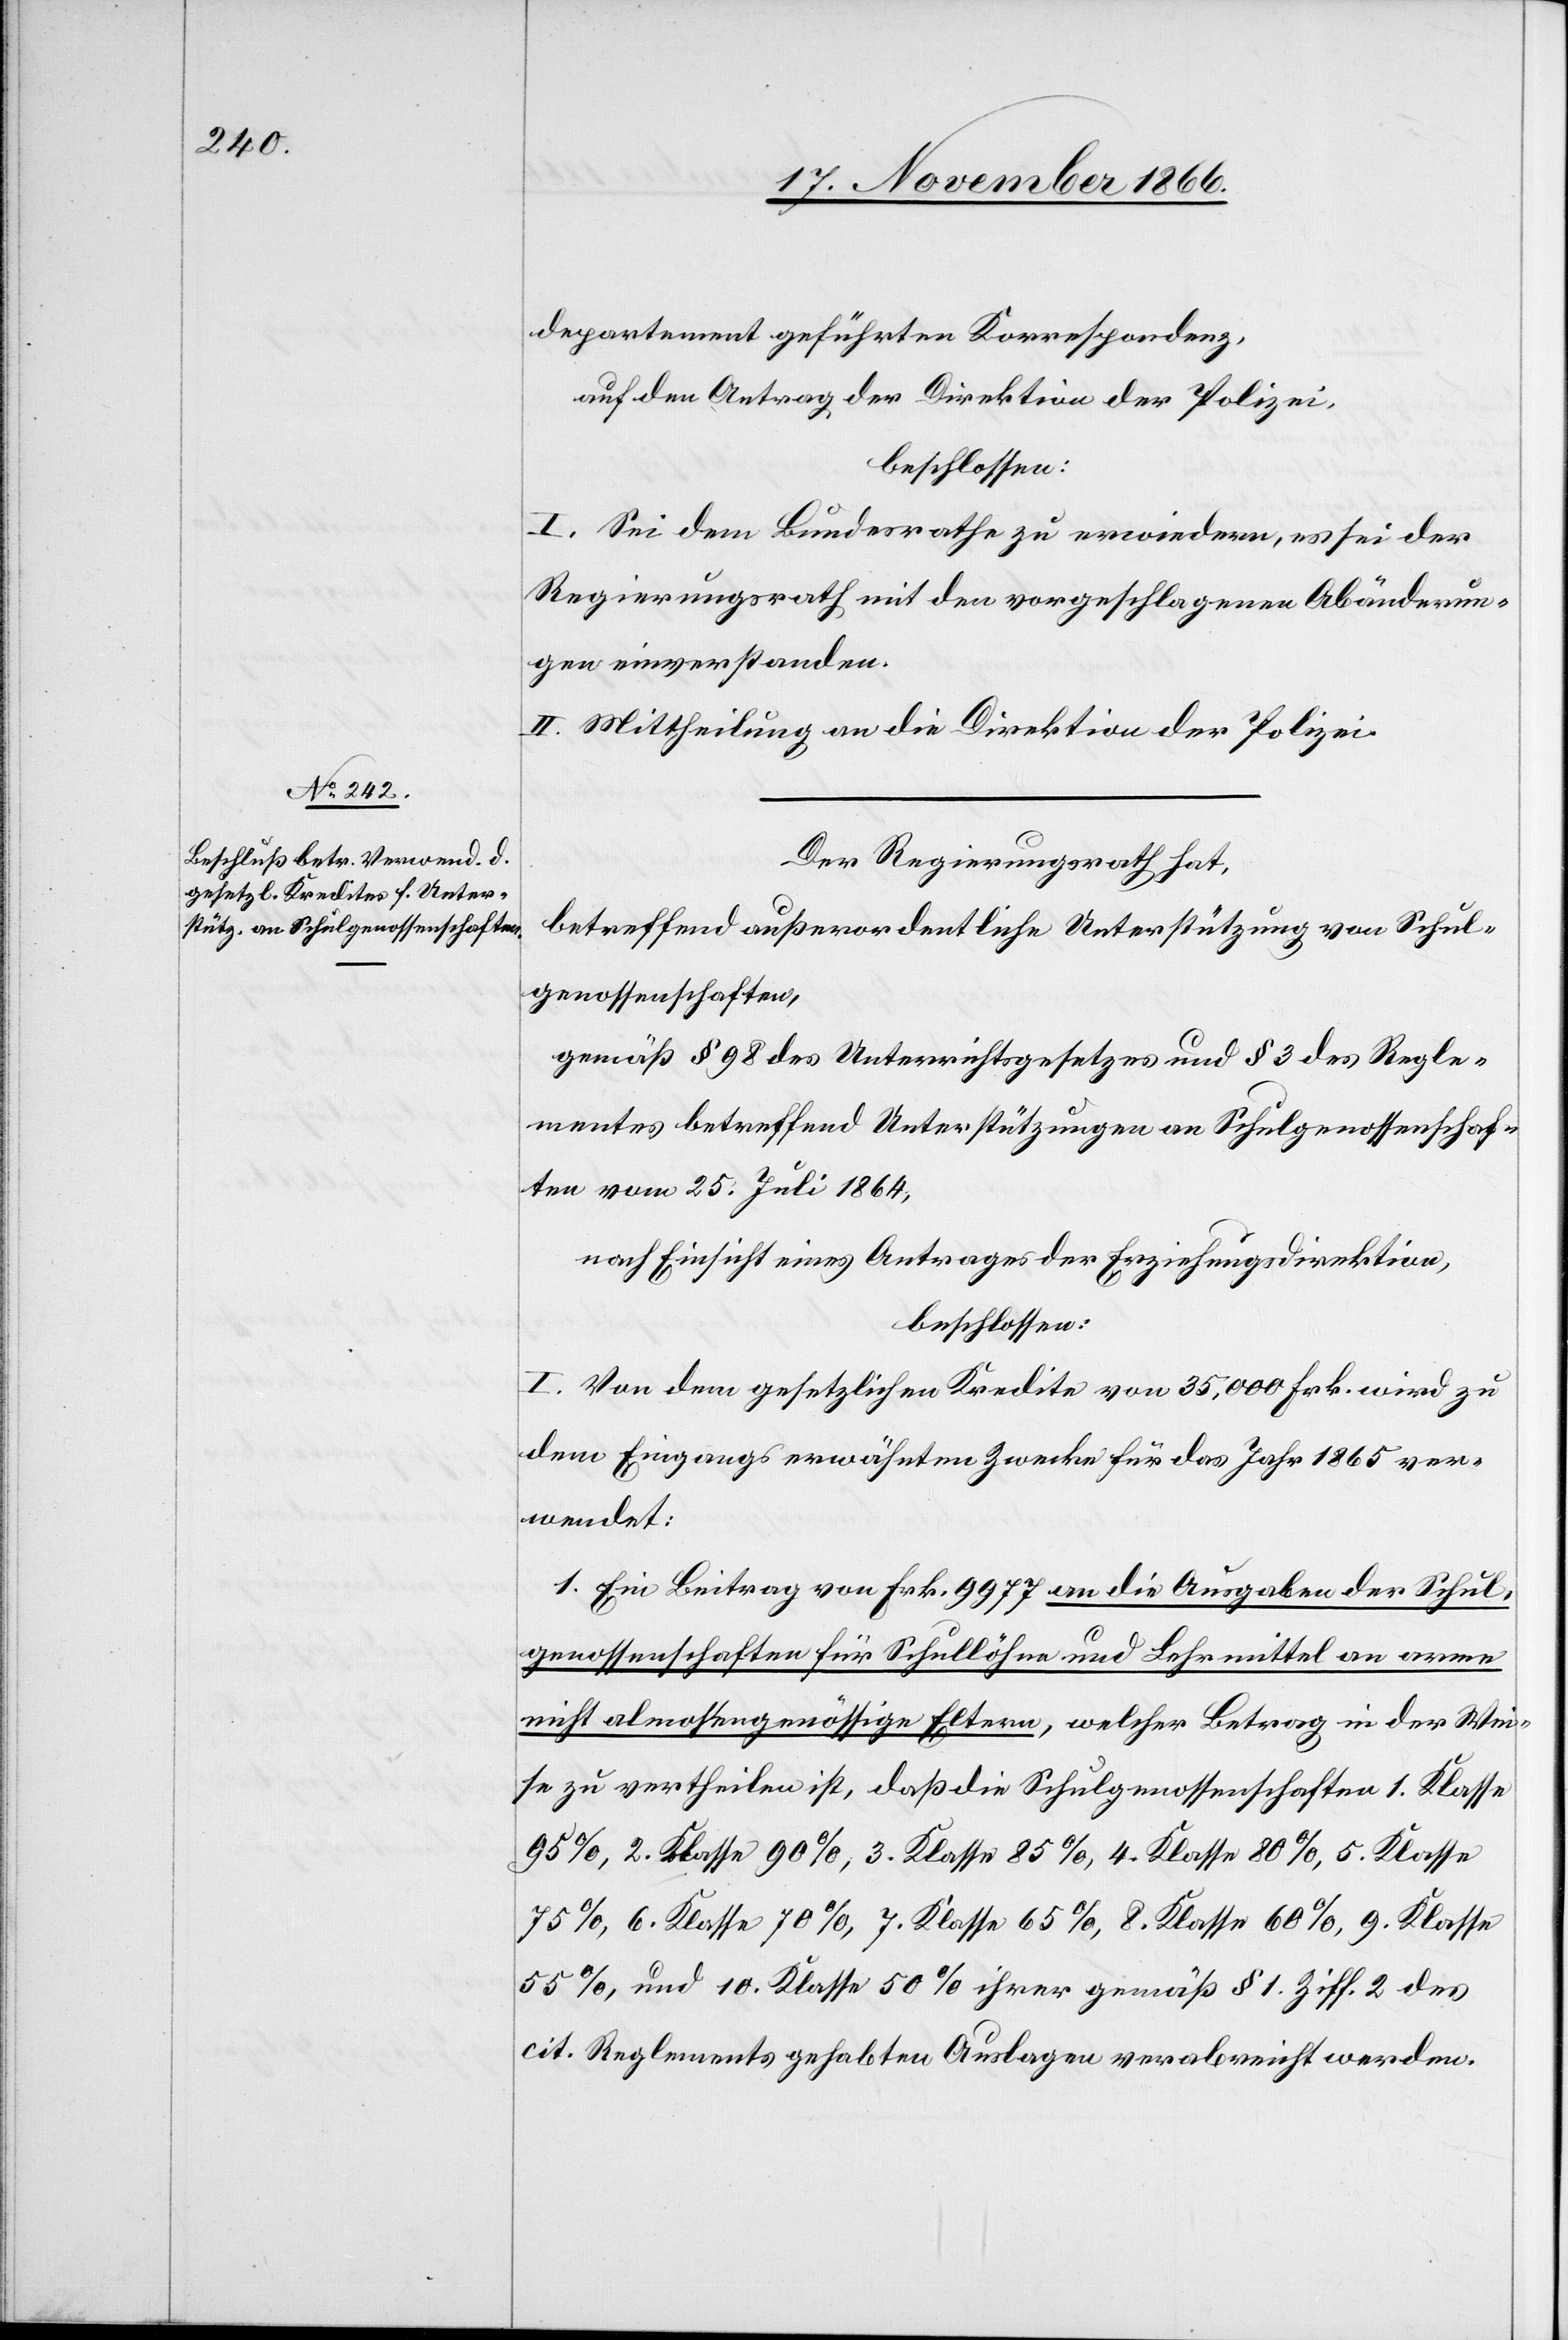
departement geführten Korrespondenz,
auf den Antrag der Direktion der Polizei,
beschlossen:
I. Sei dem Bundesrathe zu erwiedern, es sei der
Regierungsrath mit den vorgeschlagenen Abänderun¬
gen einverstanden.
II. Mittheilung an die Direktion der Polizei.
Der Regierungsrath hat,
betreffend außerordentliche Unterstützung von Schul¬
genossenschaften,
gemäß § 98 des Unterrichtsgesetzes und § 3 des Regle¬
mentes betreffend Unterstützungen an Schulgenossenschaf¬
ten vom 25. Juli 1864,
nach Einsicht eines Antrages der Erziehungsdirektion,
beschlossen:
I. Von dem gesetzlichen Kredite von 35 000 Frk. wird zu
dem Eingangs erwähnten Zwecke für das Jahr 1865 ver¬
wendet:
1. Ein Beitrag von Frk. 9977 an die Ausgaben der Schul¬
genossenschaften für Schullöhne und Lehrmittel an arme
nicht almosengenössige Eltern, welcher Betrag in der Wei¬
se zu vertheilen ist, daß die Schulgenossenschaften 1. Klasse
95%, 2. Klasse 90%, 3. Klasse 85%, 4. Klasse 80%, 5. Klasse
75%, 6. Klasse 70%, 7. Klasse 65%, 8. Klasse 60%, 9. Klasse
55%, und 10. Klasse 50% ihrer gemäß § 1 Ziff. 2 des
cit. Reglements gehabten Auslagen verabreicht werden.